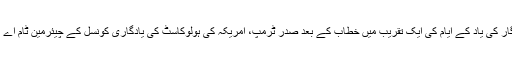
25 اپریل 2017 کو قومی یادگار کی یاد کے ایام کی ایک تقریب میں خطاب کے بعد صدر ٹرمپ، امریکہ کی ہولوکاسٹ کی یادگاری کونسل کے چیئرمین ٹام اے برنسٹین سے ہاتھ ملا رہے ہیں۔